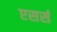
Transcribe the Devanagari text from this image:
एसर्स